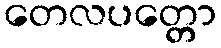
တေလပတ္တော